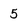
Character: 5